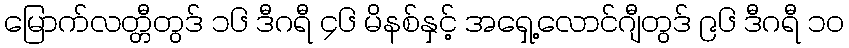
မြောက်လတ္တီတွဒ် ၁၆ ဒီဂရီ ၄၆ မိနစ်နှင့် အရှေ့လောင်ဂျီတွဒ် ၉၆ ဒီဂရီ ၁၀